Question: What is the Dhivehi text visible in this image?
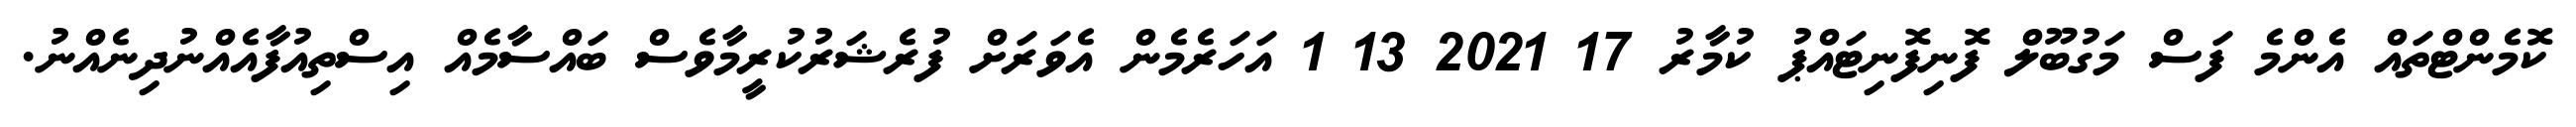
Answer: ކޮމެންޓްތައް އެންމެ ފަސް މަގުބޫލް ފޮނިފޮނިޓައްޕު ކުމާރު 17 2021 13 1 އަހަރެމެން އެވަރަށް ފުރެޝަރުކުރީމާވެސް ބައްސާމެއް އިސްތިއުފާއެއްނުދިނެއްނު.